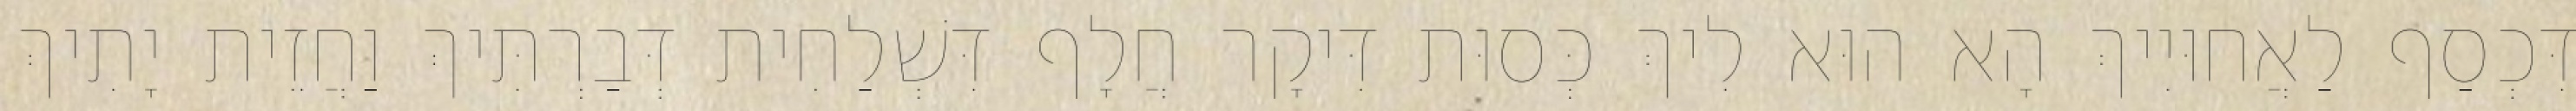
דִּכְסַף לַאֲחוּיִיךְ הָא הוּא לִיךְ כְּסוּת דִּיקָר חֲלָף דִּשְׁלַחִית דְּבַרְתִּיךְ וַחֲזֵית יָתִיךְ